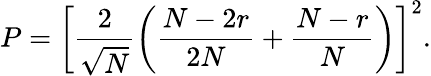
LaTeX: P=\left[\frac{2}{\sqrt{N}}\left(\frac{N-2r}{2N}+\frac{N-r}{N}\right)\right]^{2}.